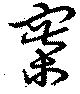
寨